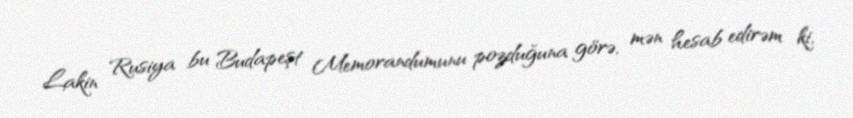
Lakin Rusiya bu Budapeşt Memorandumunu pozduğuna görə, mən hesab edirəm ki,